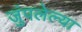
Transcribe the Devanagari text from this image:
जुंपलेल्या